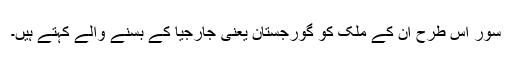
سور اس طرح ان کے ملک کو گورجستان یعنی جارجیا کے بسنے والے کہتے ہیں۔